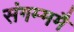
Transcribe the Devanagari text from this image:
संगम्ममै